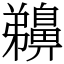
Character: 䶏